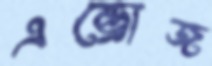
এন্ড্রোজ